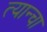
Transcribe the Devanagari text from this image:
त्यान्चा